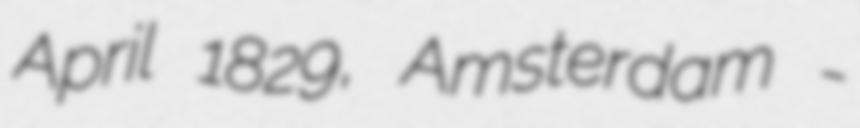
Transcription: April 1829, Amsterdam -